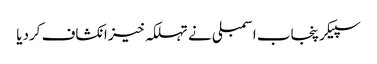
سپیکر پنجاب اسمبلی نے تہلکہ خیز انکشاف کردیا